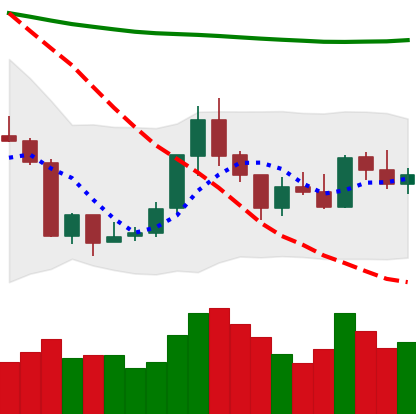
Ticker: ETH-USD
Chart end date: 2018-07-27
Forward return: -10.416%
Label: down_7plus